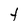
Character: t